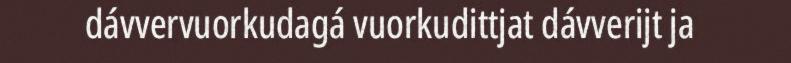
dávvervuorkudagá vuorkudittjat dávverijt ja